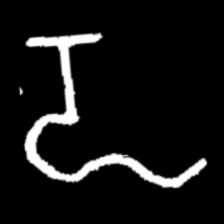
Pyu character \u2014 Myanmar letter: ဍ (romanized: dda)